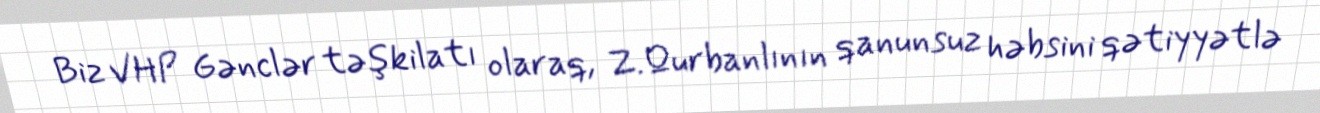
Biz VHP Gənclər təşkilatı olaraq, Z.Qurbanlının qanunsuz həbsini qətiyyətlə